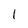
Character: 1